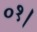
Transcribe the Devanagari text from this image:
०१।